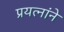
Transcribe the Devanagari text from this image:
प्रयत्नांने